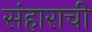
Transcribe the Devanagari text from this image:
संहाराची